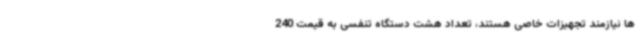
ها نیازمند تجهیزات خاصی هستند، تعداد هشت دستگاه تنفسی به قیمت 240